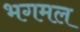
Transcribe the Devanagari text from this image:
भगमल